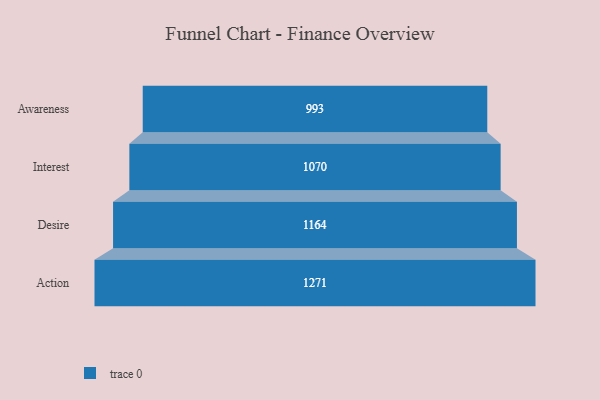
{"axis": {"x": "Stage", "y": "Value"}, "legend": [""], "data": [{"x": "Awareness", "y": 993.0, "type": ""}, {"x": "Interest", "y": 1070.0, "type": ""}, {"x": "Desire", "y": 1164.0, "type": ""}, {"x": "Action", "y": 1271.0, "type": ""}]}